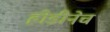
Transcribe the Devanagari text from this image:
होडीनेच